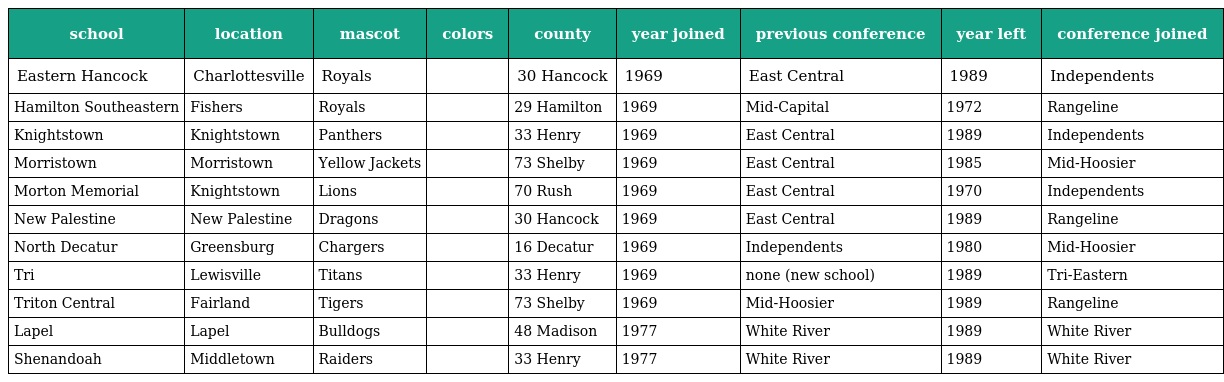
| school | location | mascot | colors | county | year joined | previous conference | year left | conference joined |
 | --- | --- | --- | --- | --- | --- | --- | --- | --- |
 | Eastern Hancock | Charlottesville | Royals |  | 30 Hancock | 1969 | East Central | 1989 | Independents |
 | Hamilton Southeastern | Fishers | Royals |  | 29 Hamilton | 1969 | Mid-Capital | 1972 | Rangeline |
 | Knightstown | Knightstown | Panthers |  | 33 Henry | 1969 | East Central | 1989 | Independents |
 | Morristown | Morristown | Yellow Jackets |  | 73 Shelby | 1969 | East Central | 1985 | Mid-Hoosier |
 | Morton Memorial | Knightstown | Lions |  | 70 Rush | 1969 | East Central | 1970 | Independents |
 | New Palestine | New Palestine | Dragons |  | 30 Hancock | 1969 | East Central | 1989 | Rangeline |
 | North Decatur | Greensburg | Chargers |  | 16 Decatur | 1969 | Independents | 1980 | Mid-Hoosier |
 | Tri | Lewisville | Titans |  | 33 Henry | 1969 | none (new school) | 1989 | Tri-Eastern |
 | Triton Central | Fairland | Tigers |  | 73 Shelby | 1969 | Mid-Hoosier | 1989 | Rangeline |
 | Lapel | Lapel | Bulldogs |  | 48 Madison | 1977 | White River | 1989 | White River |
 | Shenandoah | Middletown | Raiders |  | 33 Henry | 1977 | White River | 1989 | White River |